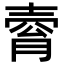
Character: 𡔴